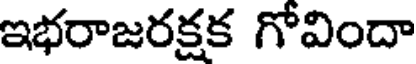
ఇభరాజరక్షక గోవిందా